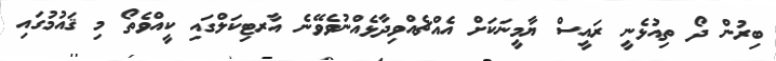
ބިރުން ދޯ ތިއުޅެނީ ރައީސް ޔާމީނަކަށް އެއްޗެއްވިދާޅެއްނުވެވޭނެ އާރޓިކަލްގައި ކީއްވެތޯ މި ޤައުމުގައި